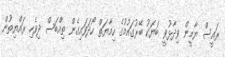
ރައީސް ޔާމީން ވިދާޅުވީ ބަޔަކު ބޭރުގައުމުގެ ހިމާޔަތް ހޯދަވައިގެން ތިއްބަސް ދިވެހި ރައްޔިތުން